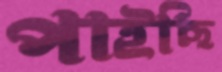
পাইছি